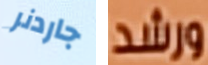
جاردنر ورشد